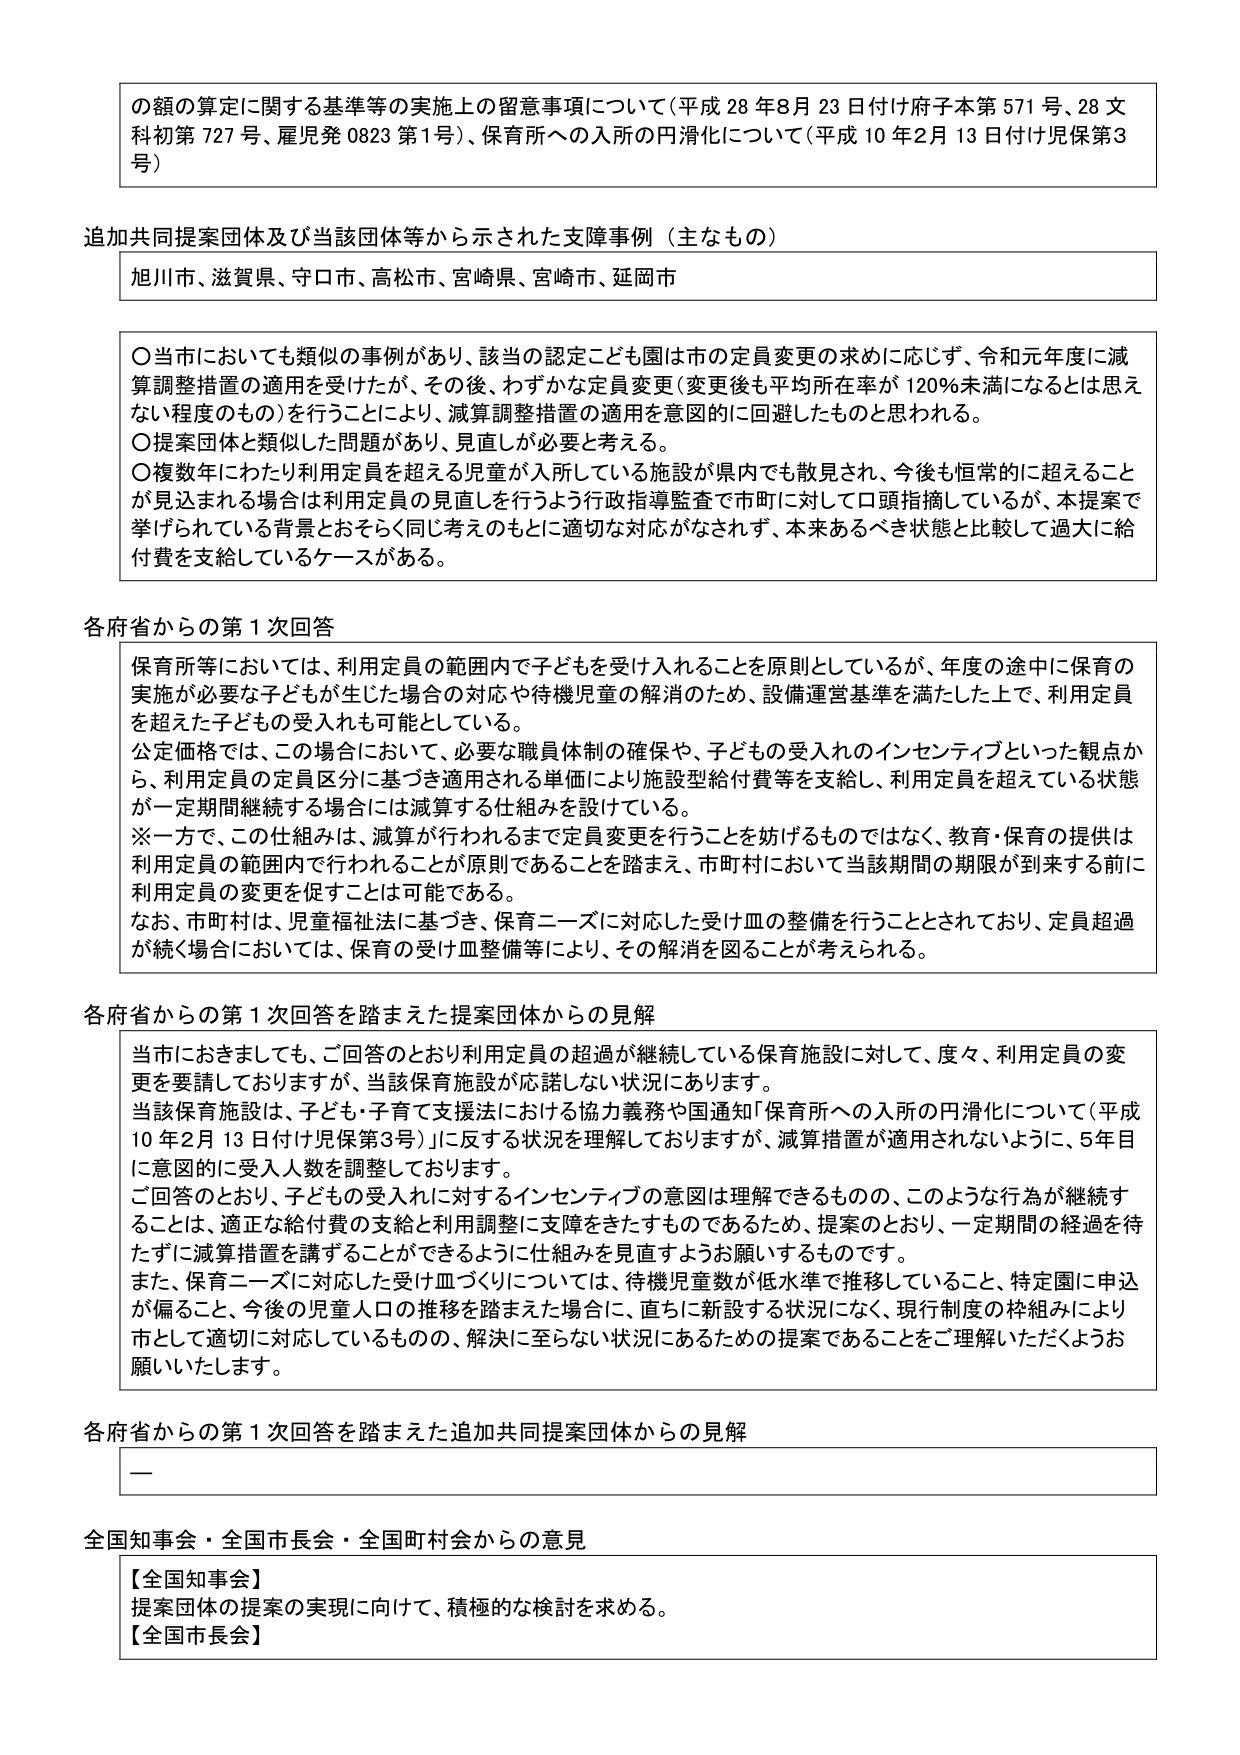
の額の算定に関する基準等の実施上の留意事項について（平成28年8月23日付け府子本第571号、28文科初第727号、雇児発0823第1号）、保育所への入所の円滑化について（平成10年2月13日付け児保第3号）

追加共同提案団体及び当該団体等から示された支障事例（主なもの）
旭川市、滋賀県、守口市、高松市、宮崎県、宮崎市、延岡市

○当市においても類似の事例があり、該当の認定こども園は市の定員変更の求めに応じず、令和元年度に減算調整措置の適用を受けたが、その後、わずかな定員変更（変更後も平均所在率が120％未満になるとは思えない程度のもの）を行うことにより、減算調整措置の適用を意図的に回避したものと思われる。
○提案団体と類似した問題があり、見直しが必要と考える。
○複数年にわたり利用定員を超える児童が入所している施設が県内でも散見され、今後も恒常的に超えることが見込まれる場合は利用定員の見直しを行うよう行政指導監査で市町に対して口頭指摘しているが、本提案で挙げられている背景とおそらく同じ考えのもとに適切な対応がなされず、本来あるべき状態と比較して過大に給付費を支給しているケースがある。

各府省からの第1次回答
保育所等においては、利用定員の範囲内で子どもを受け入れることを原則としているが、年度の途中に保育の実施が必要な子どもが生じた場合の対応や待機児童の解消のため、設備運営基準を満たした上で、利用定員を超えた子どもの受入れも可能としている。
公定価格では、この場合において、必要な職員体制の確保や、子どもの受入れのインセンティブといった観点から、利用定員の定員区分に基づき適用される単価により施設型給付費等を支給し、利用定員を超えている状態が一定期間継続する場合には減算する仕組みを設けている。
※一方で、この仕組みは、減算が行われるまで定員変更を行うことを妨げるものではなく、教育・保育の提供は利用定員の範囲内で行われることが原則であることを踏まえ、市町村において当該期間の期限が到来する前に利用定員の変更を促すことは可能である。
なお、市町村は、児童福祉法に基づき、保育ニーズに対応した受け皿の整備を行うこととされており、定員超過が続く場合においては、保育の受け皿整備等により、その解消を図ることが考えられる。

各府省からの第1次回答を踏まえた提案団体からの見解
当市におきましても、ご回答のとおり利用定員の超過が継続している保育施設に対して、度々、利用定員の変更を要請しておりますが、当該保育施設が応諾しない状況にあります。
当該保育施設は、子ども・子育て支援法における協力義務や国通知「保育所への入所の円滑化について（平成10年2月13日付け児保第3号）」に反する状況を理解しておりますが、減算措置が適用されないように、5年目に意図的に受入人数を調整しております。
ご回答のとおり、子どもの受入れに対するインセンティブの意図は理解できるものの、このような行為が継続することは、適正な給付費の支給と利用調整に支障をきたすものであるため、提案のとおり、一定期間の経過を待たずに減算措置を講ずることができるように仕組みを見直すようお願いするものです。
また、保育ニーズに対応した受け皿づくりについては、待機児童数が低水準で推移していること、特定園に申込が偏ること、今後の児童人口の推移を踏まえた場合に、直ちに新設する状況になく、現行制度の枠組みにより市として適切に対応しているものの、解決に至らない状況にあるための提案であることをご理解いただくようお願いいたします。

各府省からの第1次回答を踏まえた追加共同提案団体からの見解
—

全国知事会・全国市長会・全国町村会からの意見
【全国知事会】
提案団体の提案の実現に向けて、積極的な検討を求める。
【全国市長会】